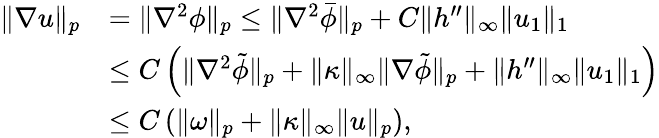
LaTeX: \begin{array}{rl}{\| \nabla u\| _{p}}&{=\| \nabla^{2}\phi\| _{p}\leq\| \nabla^{2}\bar{\phi}\| _{p}+C\| h^{\prime\prime}\| _{\infty}\| u_{1}\| _{1}}\\ &{\leq C\left(\| \nabla^{2}\tilde{\phi}\| _{p}+\| \kappa\| _{\infty}\| \nabla\tilde{\phi}\| _{p}+\| h^{\prime\prime}\| _{\infty}\| u_{1}\| _{1}\right)}\\ &{\leq C\left(\| \omega\| _{p}+\| \kappa\| _{\infty}\| u\| _{p}\right),}\end{array}